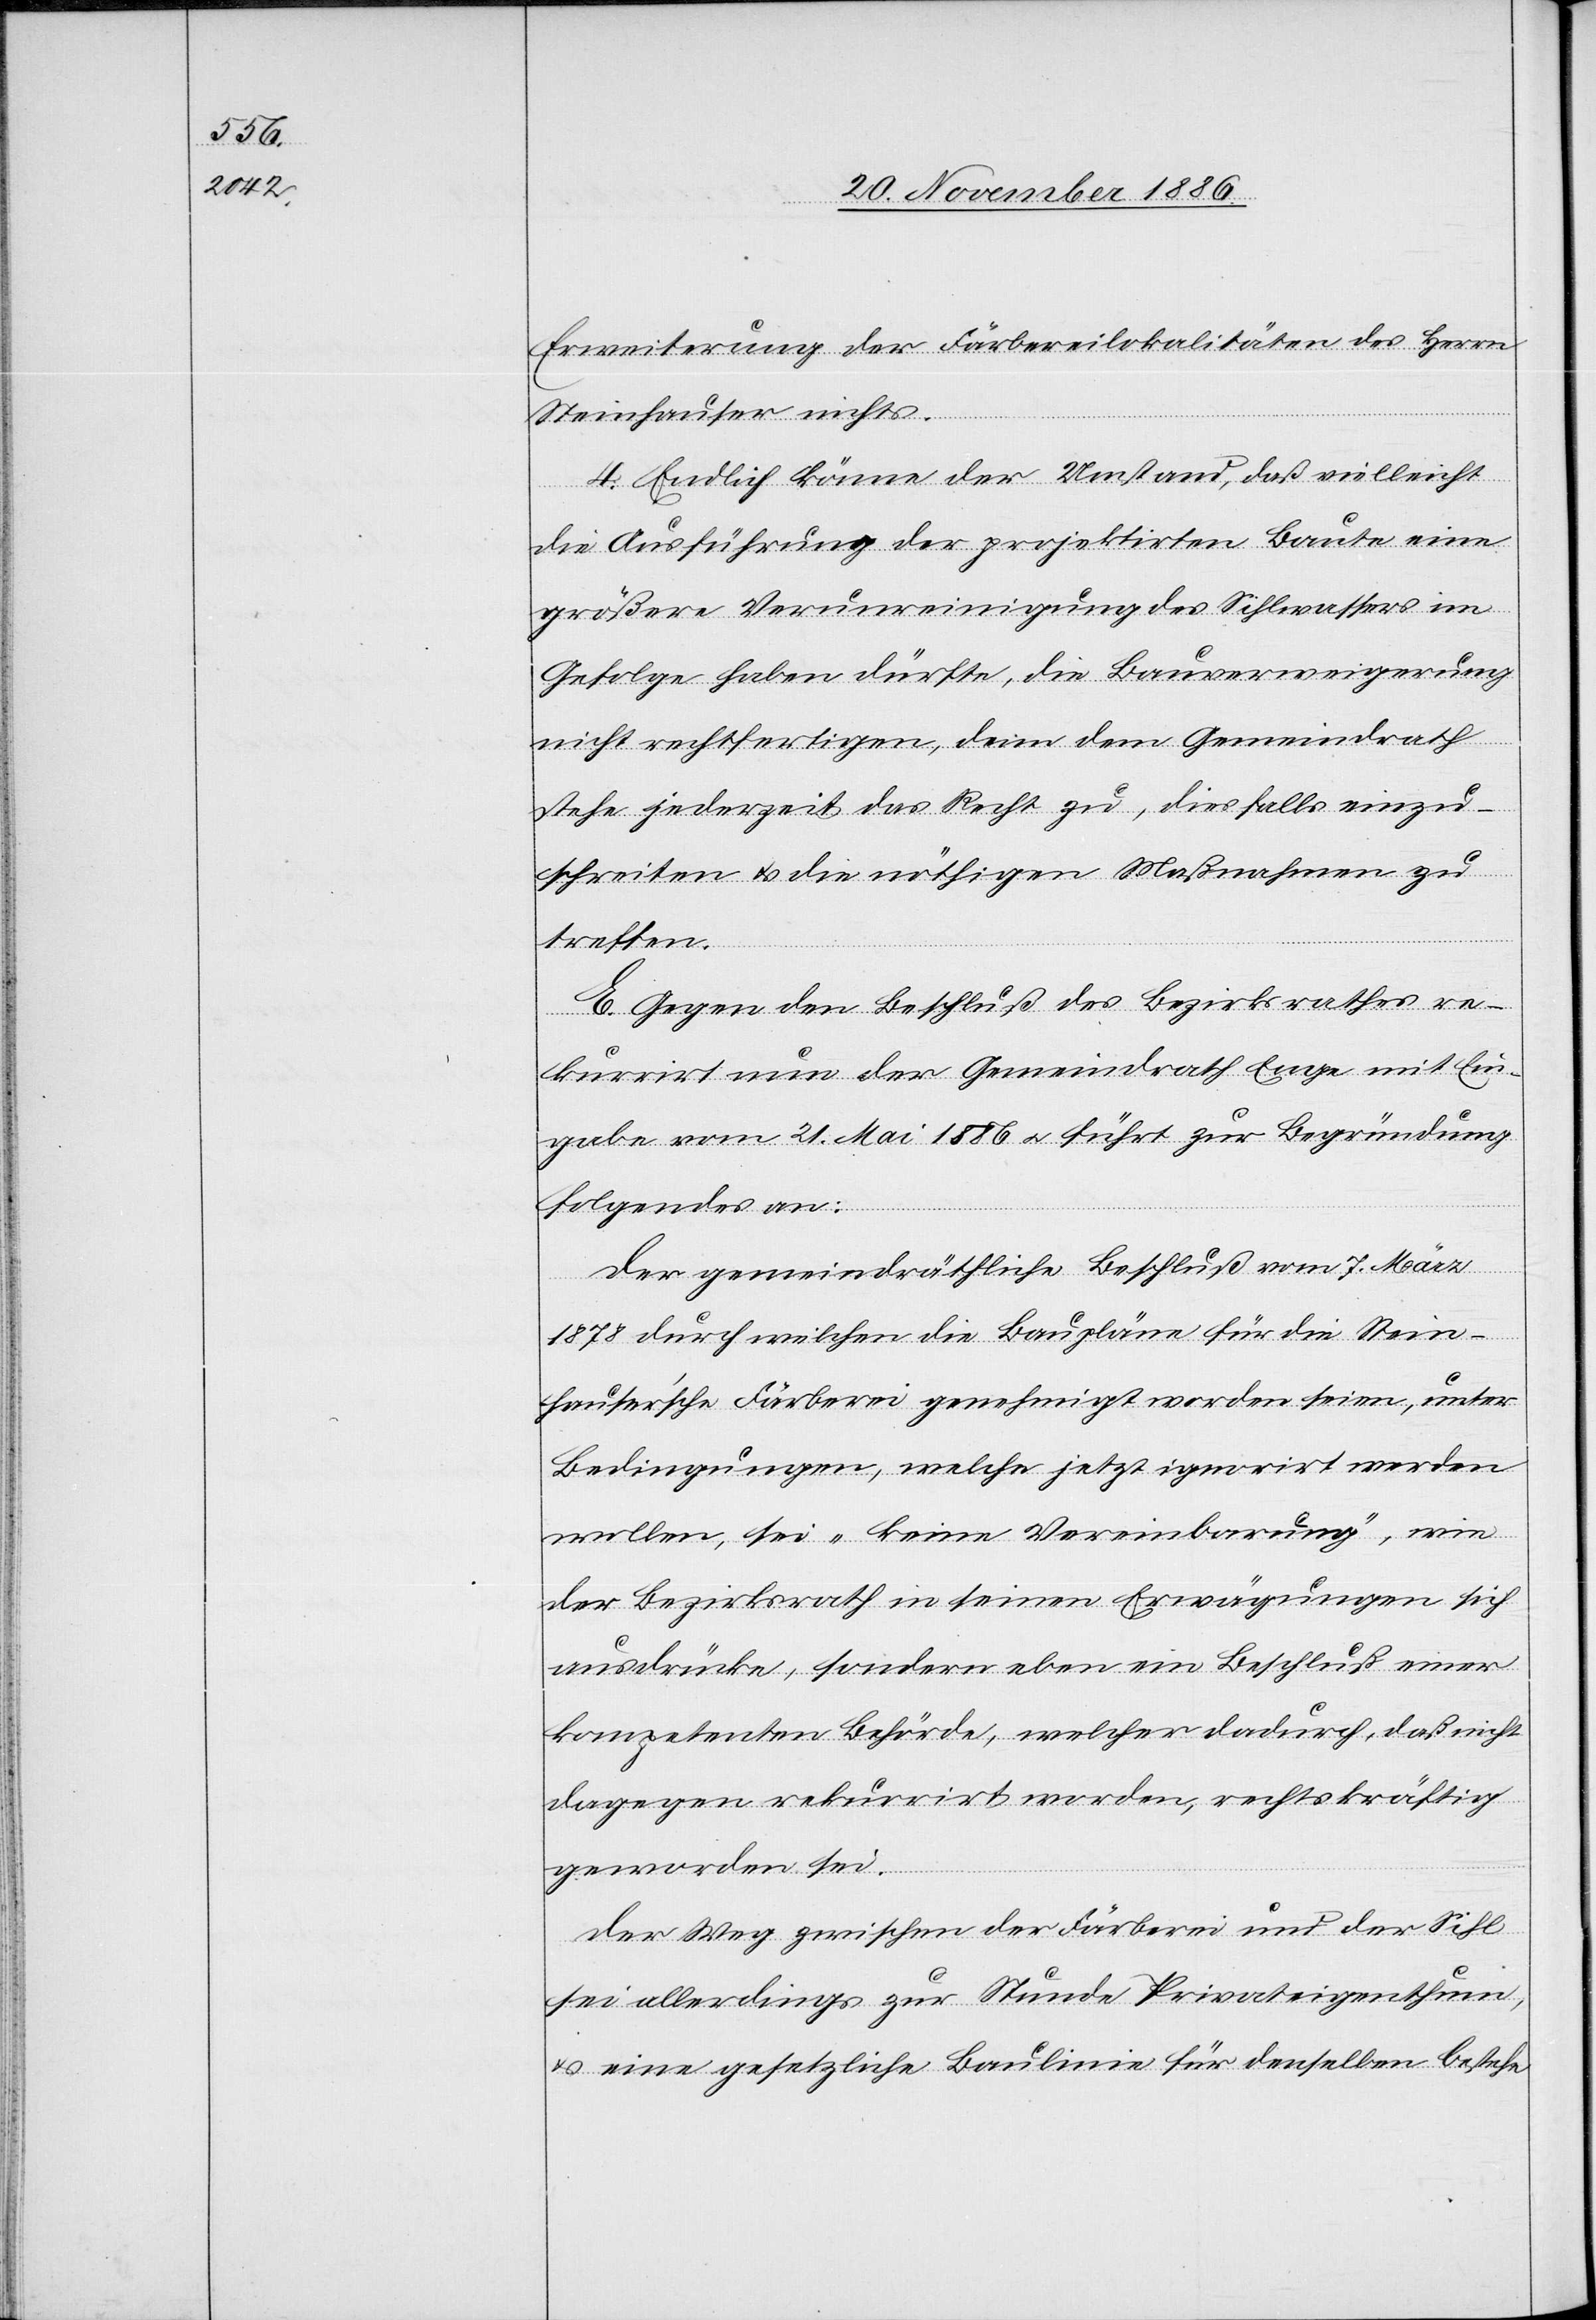
Erweiterung der Färbereilokalitäten des Herrn
Steinhauser nichts.
4. Endlich könne der Umstand, daß vielleicht
die Ausführung der projektirten Baute eine
größere Verunreinigung des Sihlwassers im
Gefolge haben dürfte, die Bauverweigerung
nicht rechtfertigen, denn dem Gemeindrath
stehe jederzeit das Recht zu, diesfalls einzu¬
schreiten & die nöthigen Maßnahmen zu
treffen.
E. Gegen den Beschluß des Bezirksrathes re¬
kurrirt nun der Gemeindrath Enge mit Ein¬
gabe vom 21. Mai 1886 & führt zur Begründung
folgendes an:
Der gemeindräthliche Beschluß vom 7. März
1878 durch welchen die Baupläne für die Stein¬
hauser’sche Färberei genehmigt worden seien, unter
Bedingungen, welche jetzt ignorirt werden
wollen, sei „keine Vereinbarung“, wie
der Bezirksrath in seinen Erwägungen sich
ausdrücke, sondern eben ein Beschluß einer
kompetenten Behörde, welcher dadurch, daß nicht
dagegen rekurrirt worden, rechtskräftig
geworden sei.
Der Weg zwischen der Färberei und der Sihl
sei allerdings zur Stunde Privateigenthum,
& eine gesetzliche Baulinie für denselben bestehe